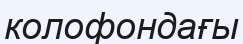
колофондағы